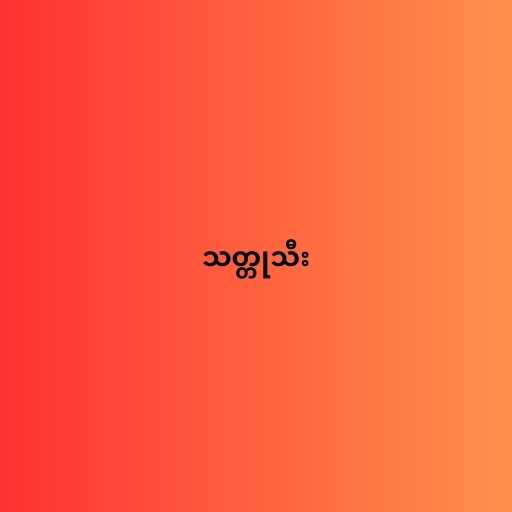
သတ္တုသီး